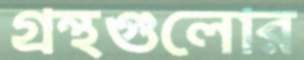
গ্রন্থগুলোর